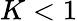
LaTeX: K<1